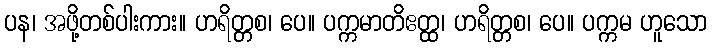
ပန၊ အဖို့တစ်ပါးကား။ ဟရိတ္တစ၊ ပေ။ ပက္ကမာတိဧတ္ထ၊ ဟရိတ္တစ၊ ပေ။ ပက္ကမ ဟူသော